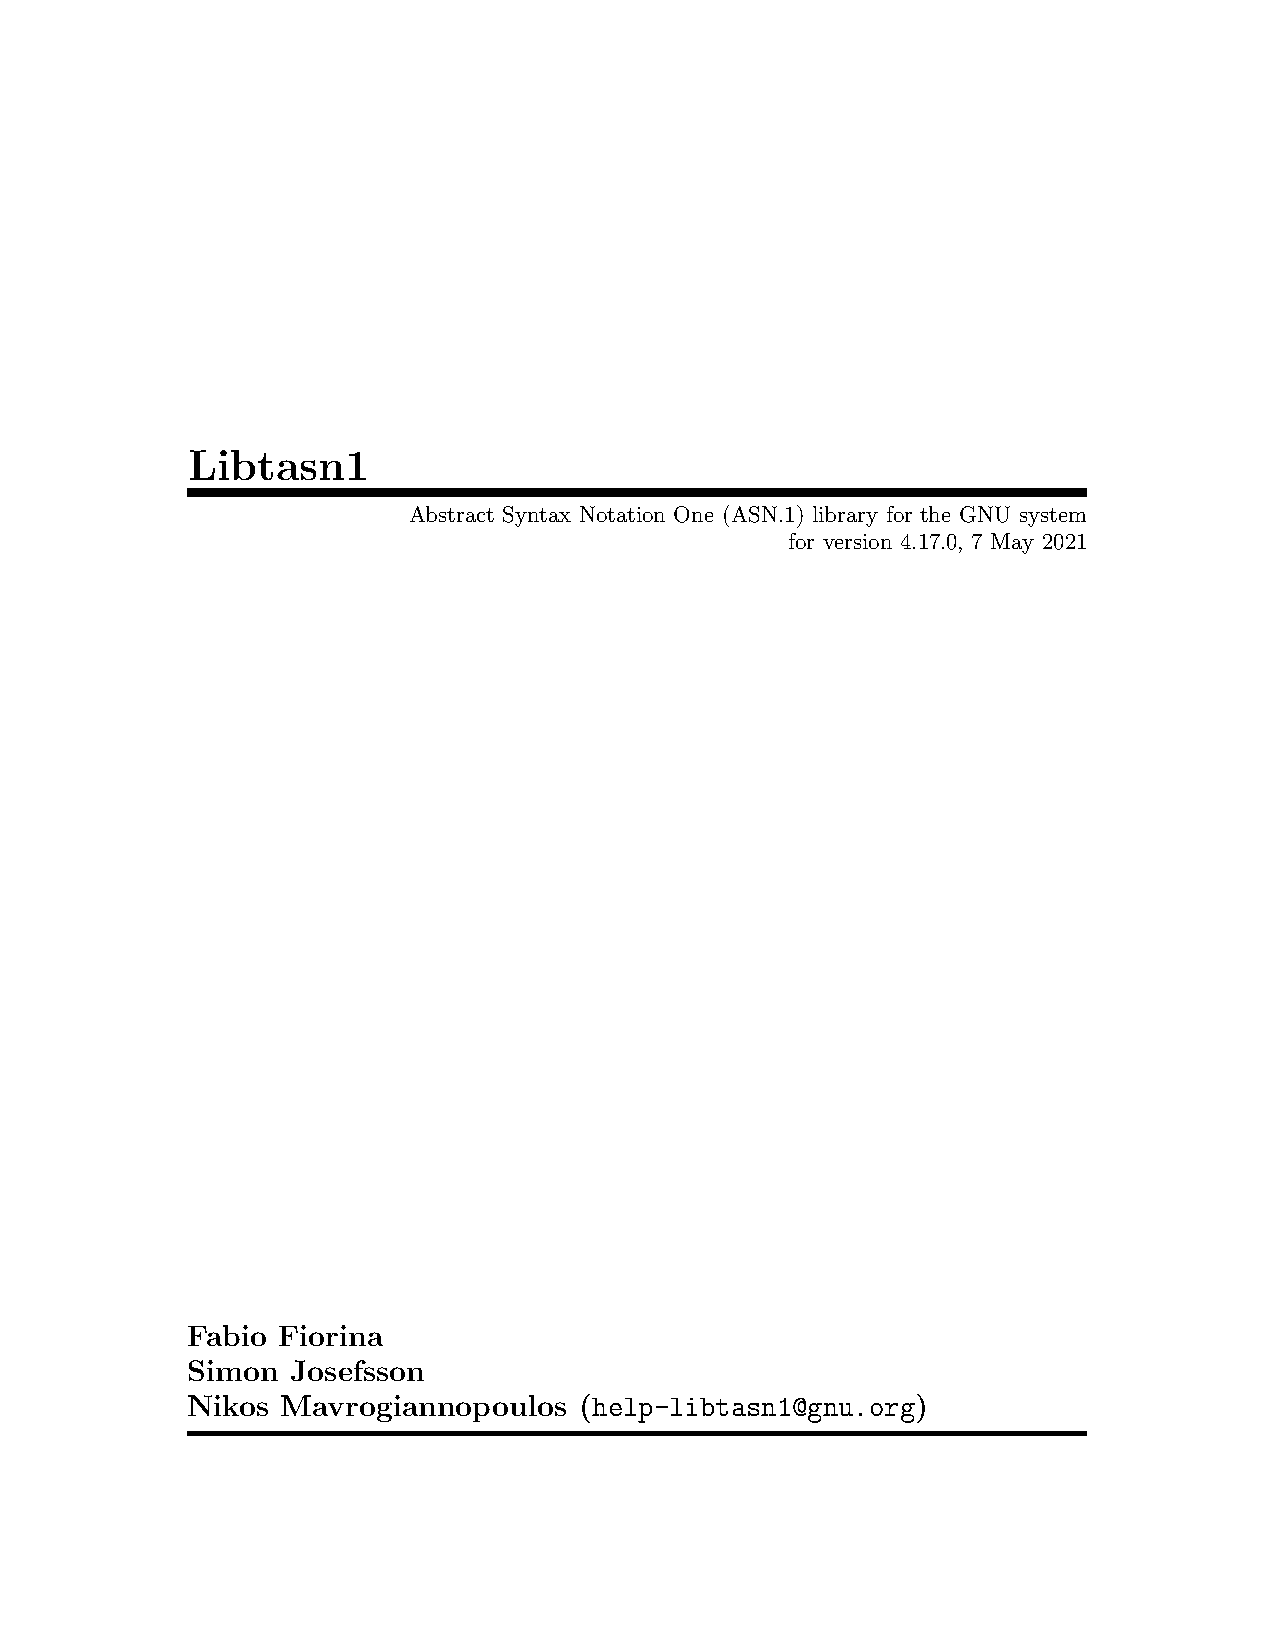
Libtasn1
 Abstract Syntax Notation One (ASN.1) library for the GNU system
 for version 4.17.0, 7 May 2021
 Fabio Fiorina
 Simon  Josefsson
 Nikos  Mavrogiannopoulos  (help-libtasn1@gnu.org)